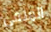
المنفى